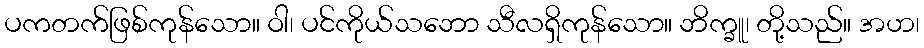
ပကတက်ဖြစ်ကုန်သော။ ဝါ၊ ပင်ကိုယ်သဘော သီလရှိကုန်သော။ ဘိက္ခူ၊ တို့သည်။ အဟ၊